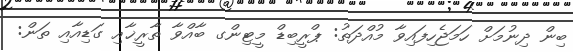
ބިން ދިނުމަށް ހަމަޖެހިފައިވާ މުއްދަތު: ޕްރީބިޑް މީޓިންގ ބާއްވާ ތާރީޚާއި ގަޑިއާއި ތަން: